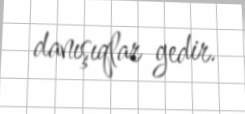
danışıqlar gedir.